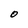
Character: 0